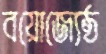
বয়োজ্যেষ্ঠ